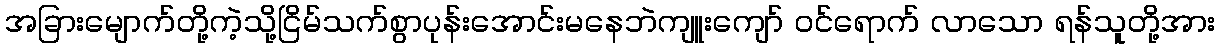
အခြားမျောက်တို့ကဲ့သို့ငြိမ်သက်စွာပုန်းအောင်းမနေဘဲကျူးကျော် ဝင်ရောက် လာသော ရန်သူတို့အား